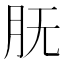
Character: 𰮇